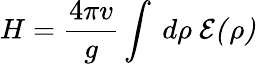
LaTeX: H=\frac{4\pi v}{g}\int~d\rho~\cal{E}(\rho)